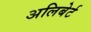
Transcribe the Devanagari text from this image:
अलिबेर्ट